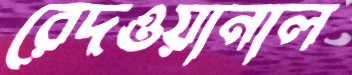
রেদওয়ানাল